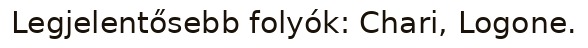
Legjelentősebb folyók: Chari, Logone.